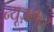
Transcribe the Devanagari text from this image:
न्यूज़लैटर